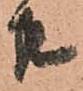
共